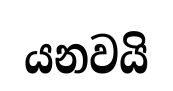
යනවයි